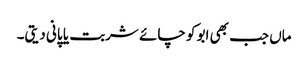
ماں جب بھی ابو کو چائے شربت یا پانی دیتی۔